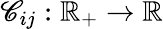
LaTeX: \mathscr{C}_{ij}:\mathbb{{R}}_{+}\to\mathbb{{R}}